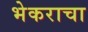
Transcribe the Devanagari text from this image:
भेकराचा